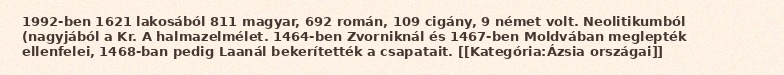
1992-ben 1621 lakosából 811 magyar, 692 román, 109 cigány, 9 német volt. Neolitikumból (nagyjából a Kr. A halmazelmélet. 1464-ben Zvorniknál és 1467-ben Moldvában meglepték ellenfelei, 1468-ban pedig Laanál bekerítették a csapatait. [[Kategória:Ázsia országai]]